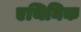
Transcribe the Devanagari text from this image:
एथिनिक